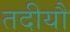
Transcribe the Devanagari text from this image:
तदीयौ